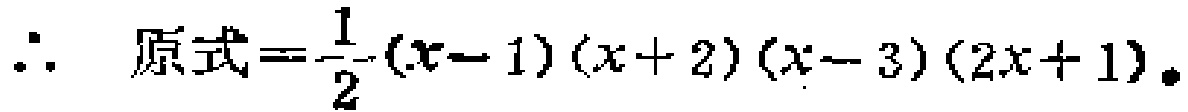
\(\therefore\) 原式\(=\frac{1}{2}(x - 1)(x + 2)(x - 3)(2x + 1)\)。